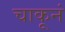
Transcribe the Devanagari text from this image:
चाकूनं